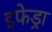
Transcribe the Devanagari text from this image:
इफेड्रा